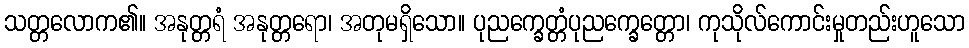
သတ္တလောက၏။ အနုတ္တရံ အနုတ္တရော၊ အတုမရှိသော။ ပုညက္ခေတ္တံပုညက္ခေတ္တော၊ ကုသိုလ်ကောင်းမှုတည်းဟူသော